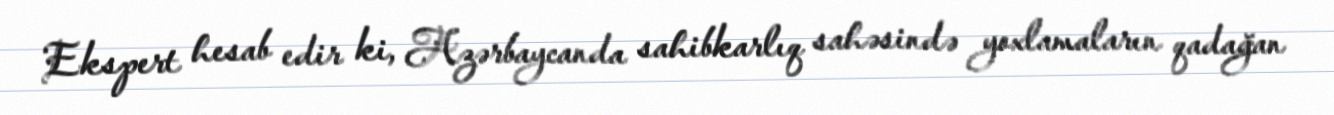
Ekspert hesab edir ki, Azərbaycanda sahibkarlıq sahəsində yoxlamaların qadağan